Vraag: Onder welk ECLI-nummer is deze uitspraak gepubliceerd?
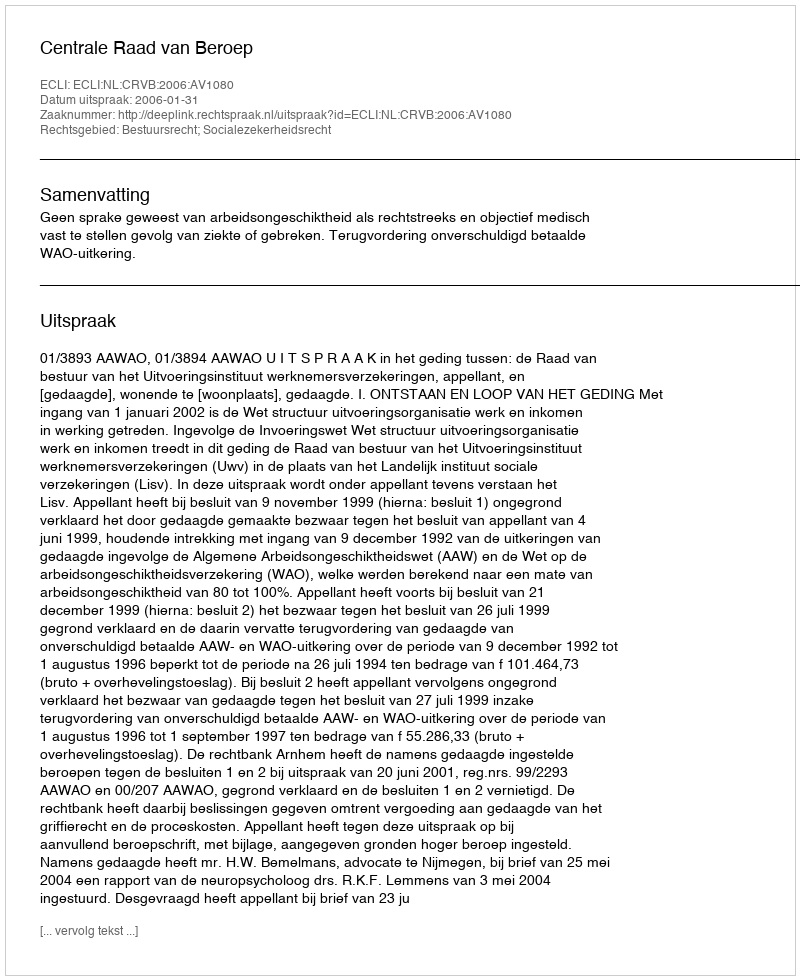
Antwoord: ECLI:NL:CRVB:2006:AV1080